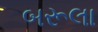
બરૂલા